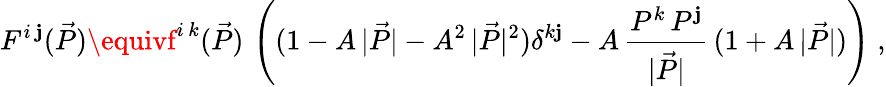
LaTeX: F^{i\, \mathbf{j}}(\vec{{P}})\equivf^{i\, k}(\vec{{P}})\, \left((1-A\, |\vec{{P}}|-A^{2}\, |\vec{{P}}|^{2})\delta^{k\mathbf{j}}-A\, \frac{{P^{k}\, P^{\mathbf{j}}}}{{|\vec{{P}}|}}\, (1+A\, |\vec{{P}}|)\right)\; ,